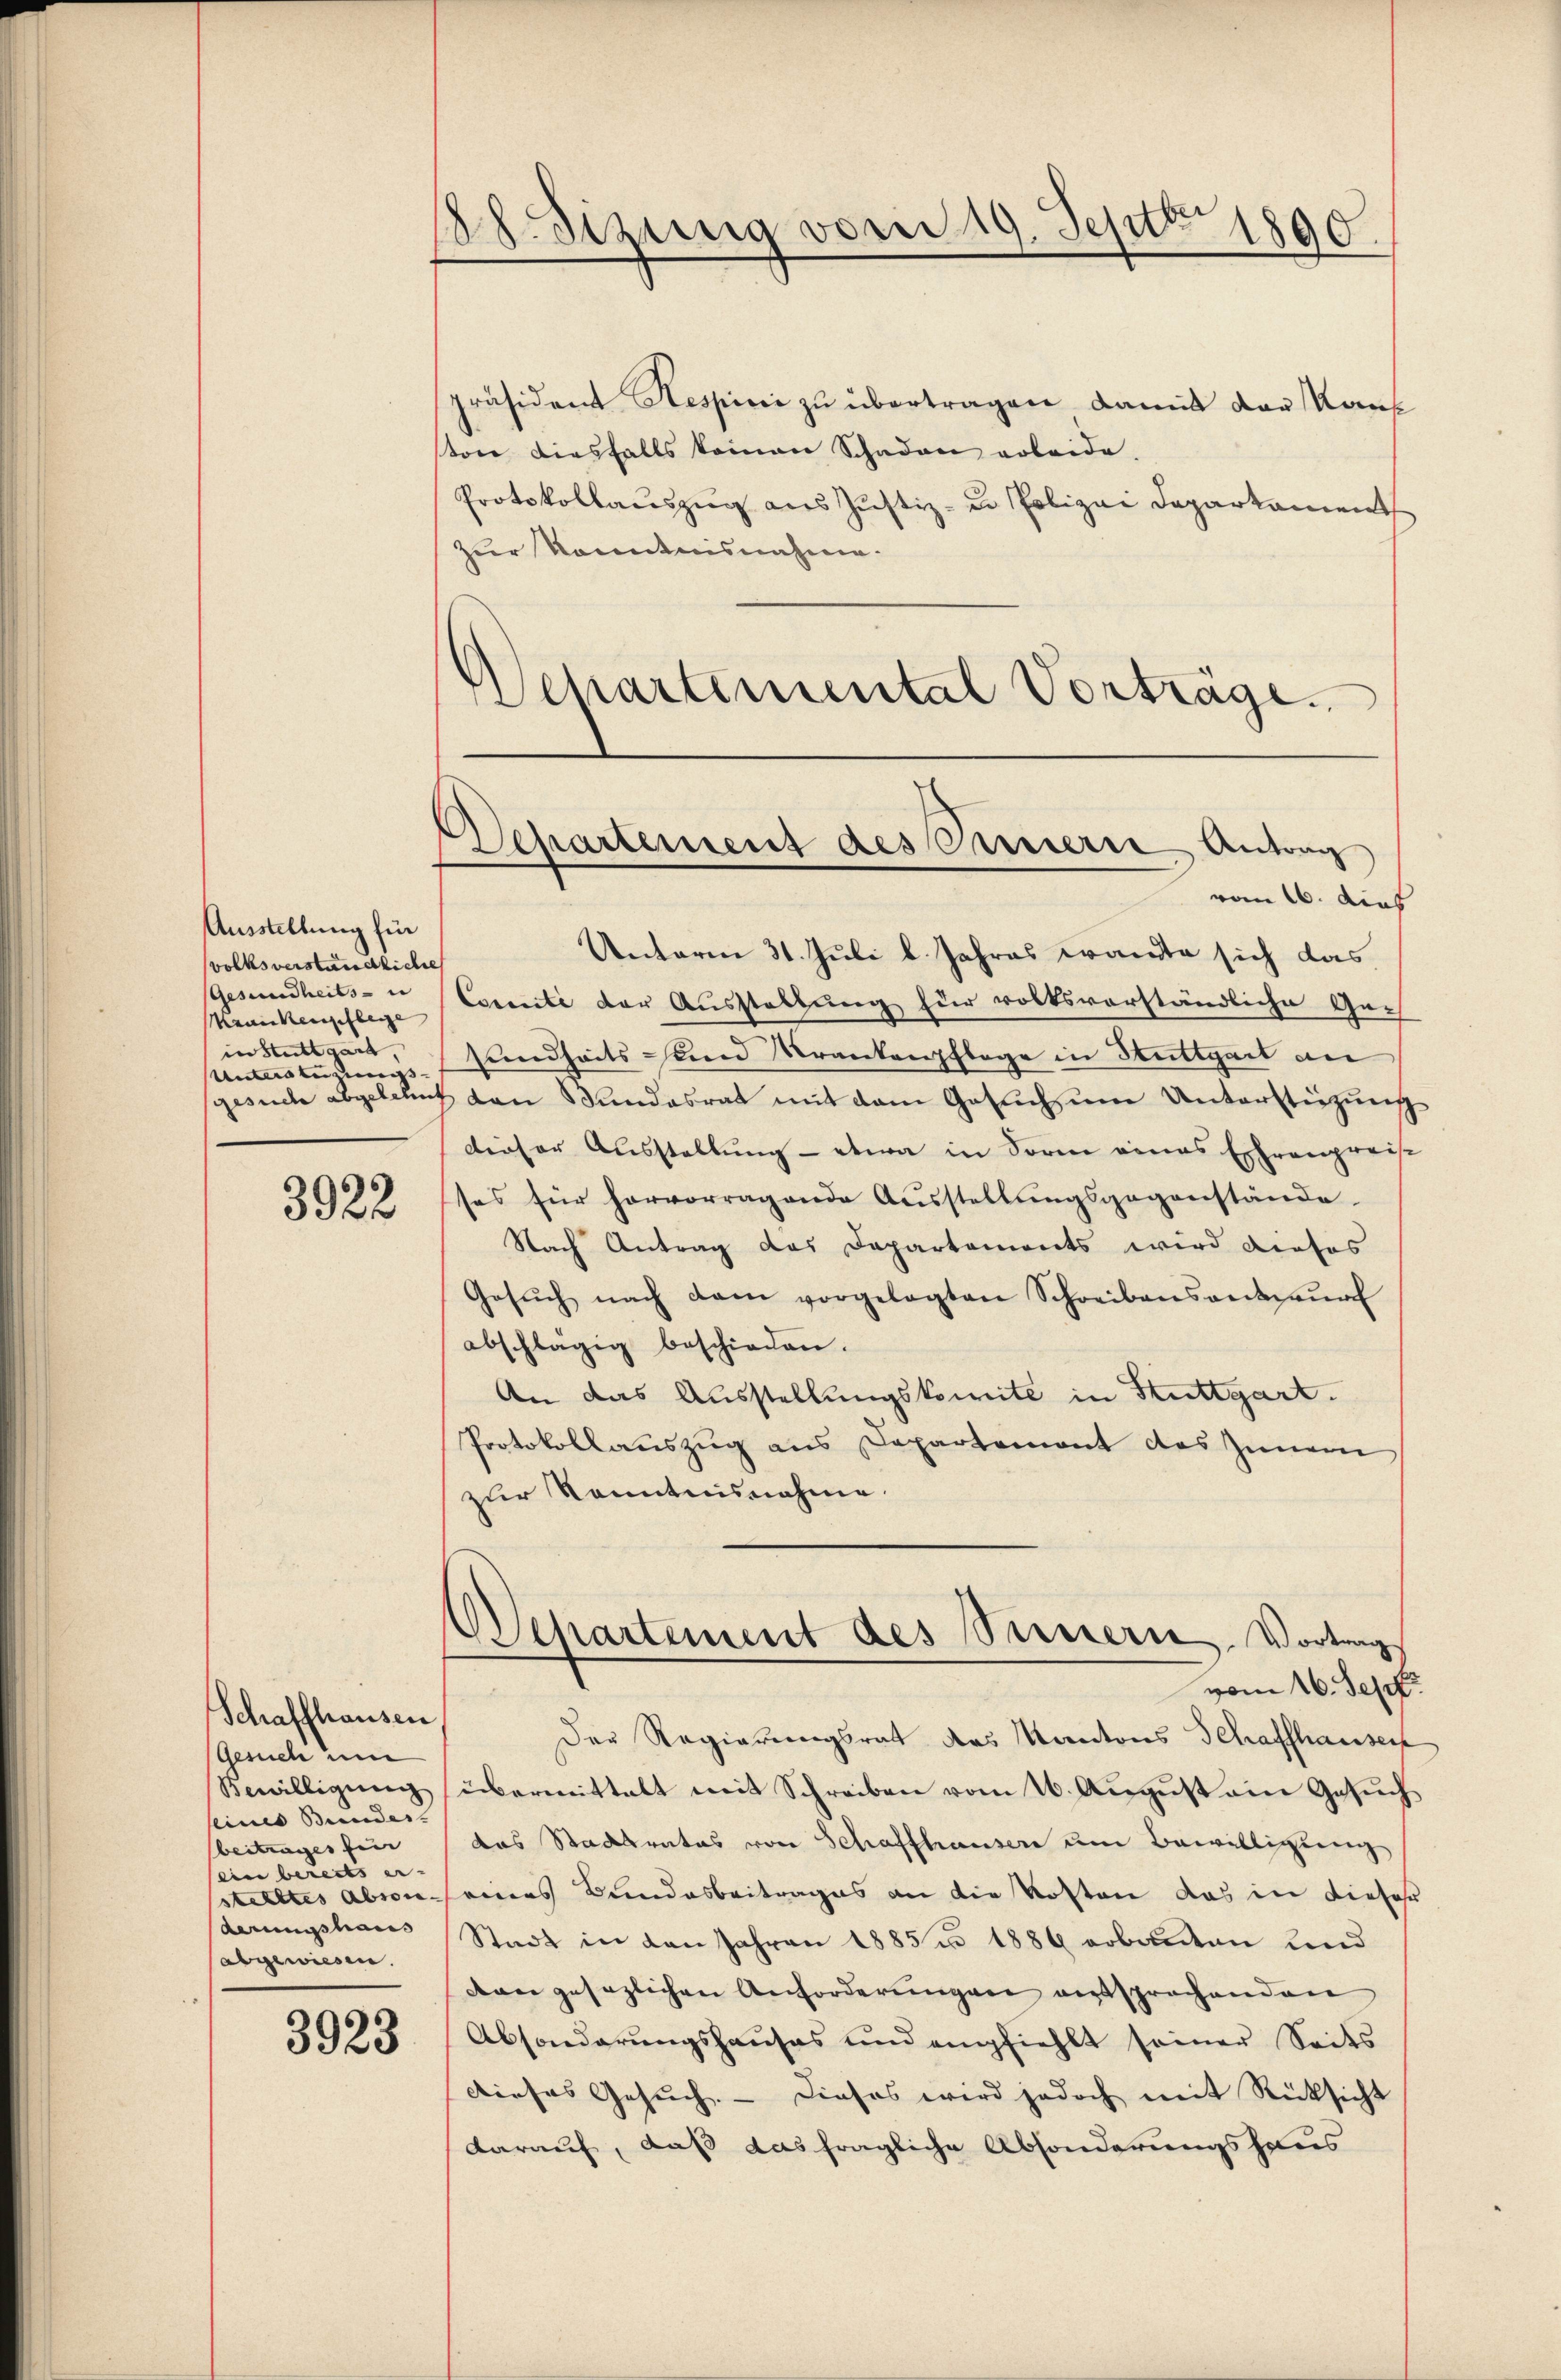
Ausstellung fü
volksverständliche
Gesundheits- u
Menckenpflegge
in Stuttgart,
Untersterungs

3922

Schaffhausen
Gesuch um
Bewilligung
seines Bundes
beitrages ein |
(ein bereits er- |
derungshaus
abgewiesen.

3923

Besizung vom 19. Septbr 1890

präsident Hespici zu übertragen damit der Kauf
ton diesfalls keinen Schaden erleide.
Protokollauszug aus Justiz- u. Polizei Departament
zur Kenntnisnahme.
Schartemental Vorträge.

d
Departement des Casserre Antrag
vom 16. dies

Unterm 31. Juli l. Jahres wandte sich das
Carneite der Ausstellung für volksvorständliche Ge-
sundheits und Krankenpflege in Stuttgart an
gesuch abgelehnt von Bundesrat mit dem Gesuch zum Unterstüzung
dieser Ausstellung - etwa in Sorm eines Ehrenpreise
ses für hervorragende Aŭsstellŭngsgegenstände
Nach Antrag das Departements wird dieses
Gesŭch nach dem vorgelegten Schreibensantwŭrf
abschlägig beschieden.
An das Ausstellungskomite in Stuttgart.
Protokollauszug aus Departement des Zunei
zur Kenntnisnahme.
Departement des Sinnern. Vortrag
vom 16. Sept.
Der Regierungsrat des Kantons Schaffhauser
übermittelt mit Schreiben vom 16. August ain Gesuch
das Stadtrates von Schaffhauser um Bewilligung
stelltes abson seines Bundesbeitrages an die Kosten das in dieser
Stadt in den Jahren 1885 n 1886 erbauten und
von gesezlichen Anforderungen entsprochenden
Absonderŭngshauses und empfiehlt seiner Seits
Dieses Gesuch. - Dieses wird jedoch mit Rücksicht
darauf, daß das fragliche Absonderungshaus